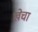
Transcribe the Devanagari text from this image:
खेचा